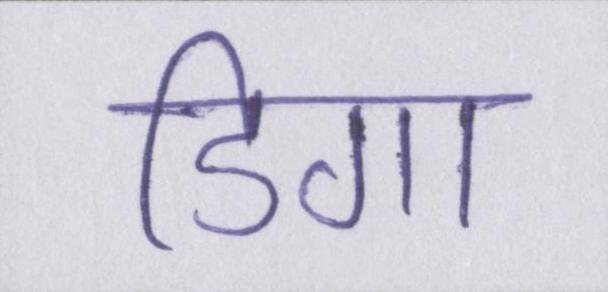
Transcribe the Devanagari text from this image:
डिगा